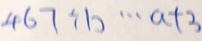
4 6 7 \div b \cdots a + 3